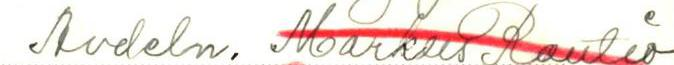
Avdeln. Markus Rautio